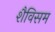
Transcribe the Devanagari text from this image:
शैविसम